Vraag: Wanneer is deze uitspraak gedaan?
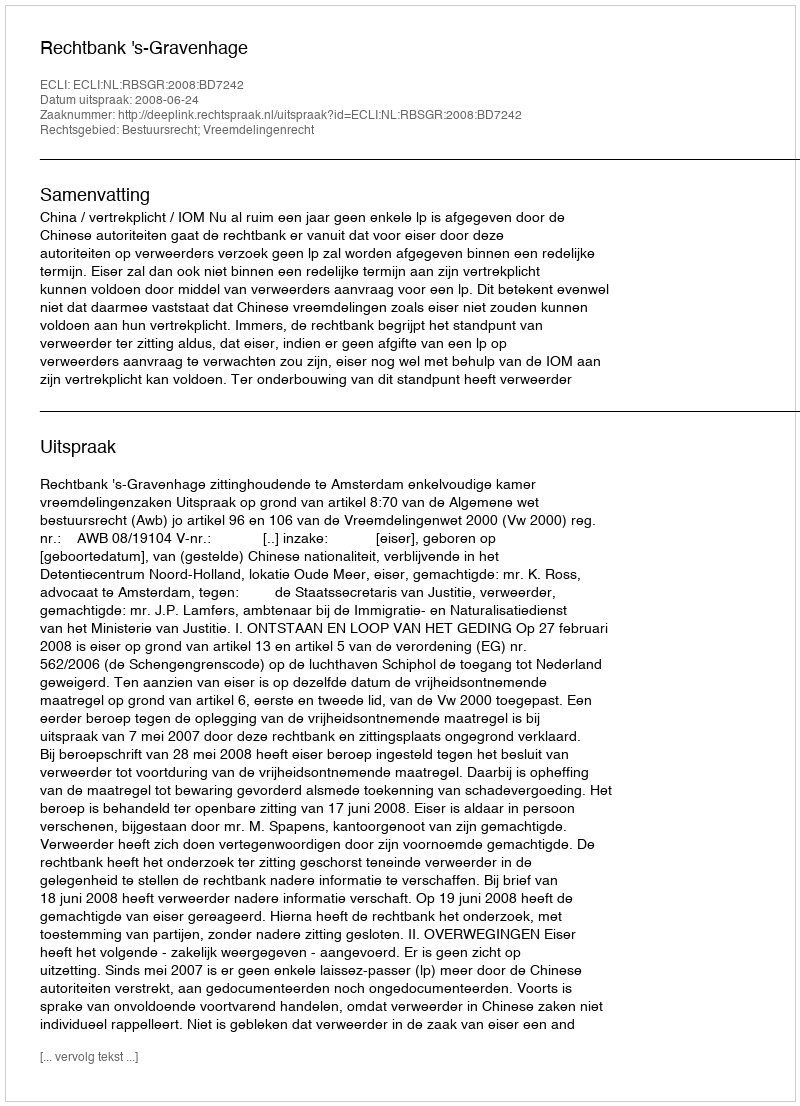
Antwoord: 2008-06-24